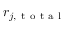
r _ { j , \mathrm { ~ t ~ o ~ t ~ a ~ l ~ } }